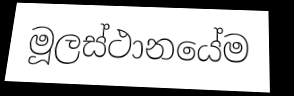
මූලස්ථානයේම